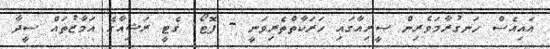
އައިއެސް ހަނގުރާމަވެރިން ސީރިއާގައި ހަރަކާތްތެރިވަނީ - ފޮޓޯ: ގެޓީ ރަޝިއާގެ އަމާޒުތައް ސީދާ